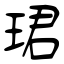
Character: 珺